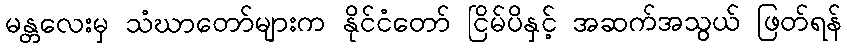
မန္တလေးမှ သံဃာတော်များက နိုင်ငံတော် ငြိမ်ပိနှင့် အဆက်အသွယ် ဖြတ်ရန်